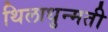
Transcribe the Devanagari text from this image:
थिलाधुन्मती